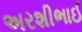
અરશીભાઈ